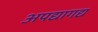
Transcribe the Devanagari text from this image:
अपद्यागद्य